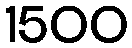
1500